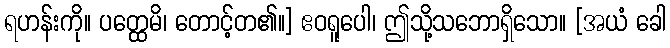
ရဟန်းကို။ ပတ္ထေမိ၊ တောင့်တ၏။] ဧဝရူပေါ၊ ဤသို့သဘောရှိသော။ [အယံ ခေါ